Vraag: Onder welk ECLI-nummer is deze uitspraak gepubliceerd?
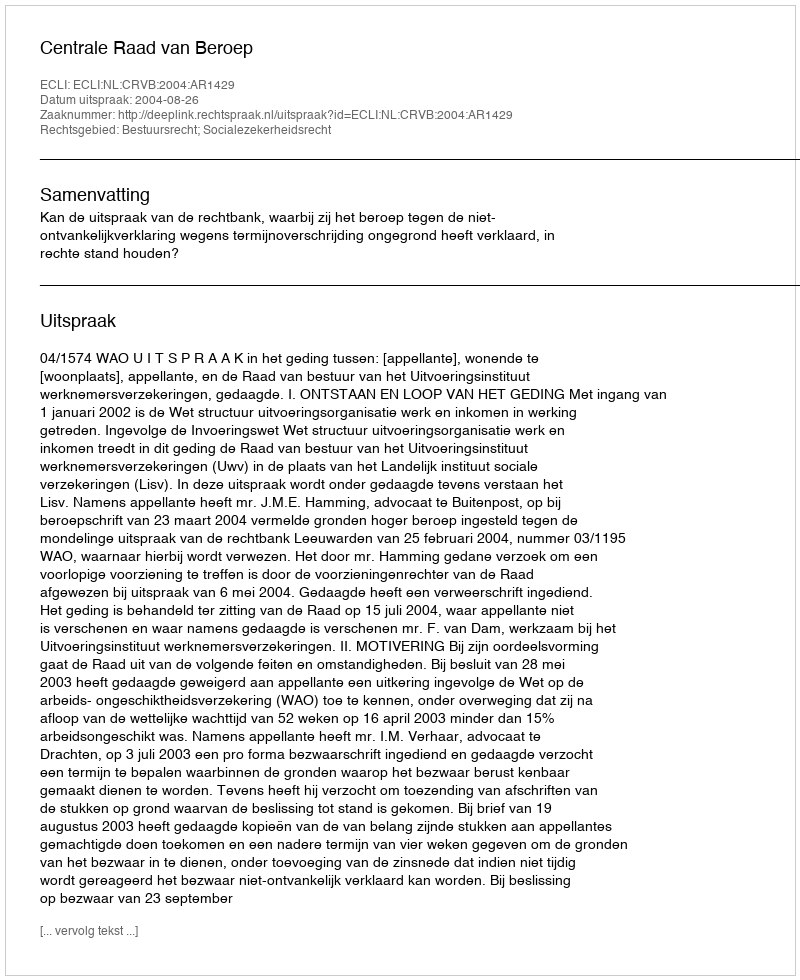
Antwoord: ECLI:NL:CRVB:2004:AR1429